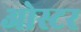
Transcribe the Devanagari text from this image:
ओस्टर